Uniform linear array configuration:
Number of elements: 12
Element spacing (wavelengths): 0.75
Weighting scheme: kaiser
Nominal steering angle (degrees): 60
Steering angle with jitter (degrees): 59.016
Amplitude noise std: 0.05
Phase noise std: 0.05

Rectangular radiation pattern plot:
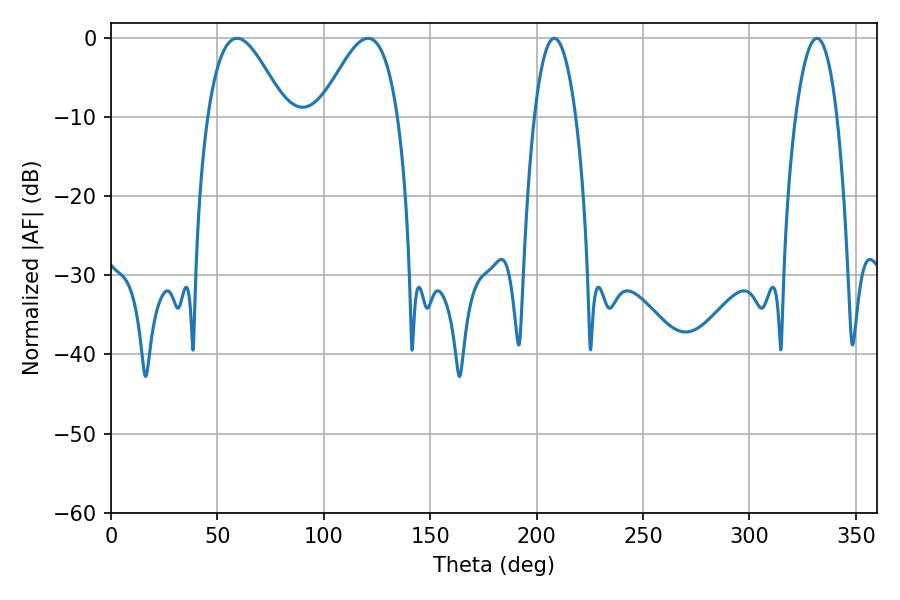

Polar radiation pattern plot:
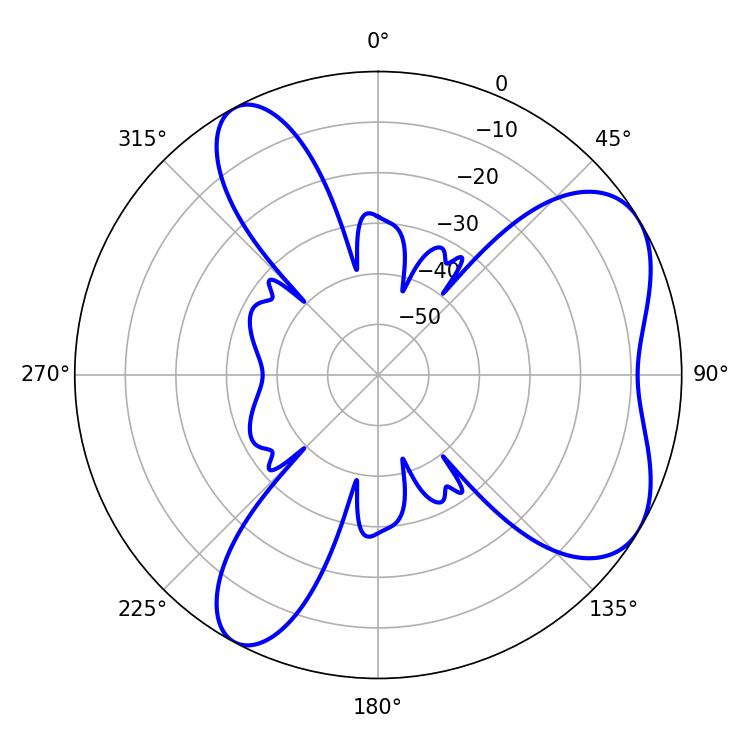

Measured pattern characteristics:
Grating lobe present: TRUE
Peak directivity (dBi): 6.087
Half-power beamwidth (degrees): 19.62
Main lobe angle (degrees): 59.22